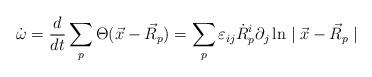
LaTeX: \begin{align*} \dot{\omega}=\frac{d}{dt}\sum_{p}\Theta(\vec{x}-\vec{R}_{p})= \sum_{p}\varepsilon_{ij}\dot{R}^{i}_{p}\partial_{j} \ln\mid\vec{x}-\vec{R}_{p}\mid\end{align*}